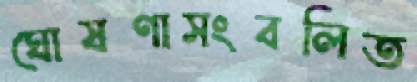
ঘোষণাসংবলিত